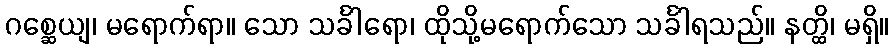
ဂစ္ဆေယျ၊ မရောက်ရာ။ သော သင်္ခါရော၊ ထိုသို့မရောက်သော သင်္ခါရသည်။ နတ္ထိ၊ မရှိ။